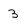
Character: 3